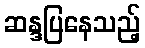
ဆန္ဒပြနေသည့်